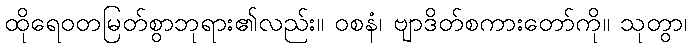
ထိုရေဝတမြတ်စွာဘုရား၏လည်း။ ဝစနံ၊ ဗျာဒိတ်စကားတော်ကို။ သုတွာ၊